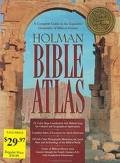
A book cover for Holman Bible Atlas Publisher: Holman Reference; Thomas V. Brisco; Christian Books & Bibles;